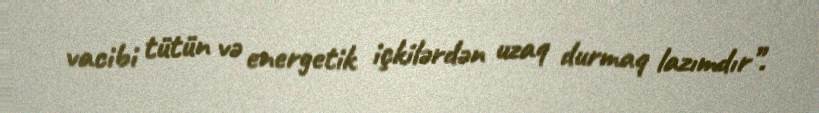
vacibi tütün və energetik içkilərdən uzaq durmaq lazımdır”.